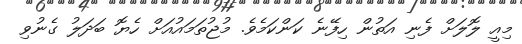
މިއީ ލޮލަށް ފެނި އަތުން ހިފޭނެ ކަންކަމެވެ. މުޖުތަމައުއަށް ހެޔޮ ބަދަލު ގެނުވި